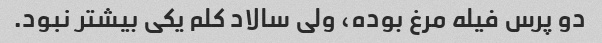
دو پرس فیله مرغ بوده، ولی سالاد کلم یکی بیشتر نبود.